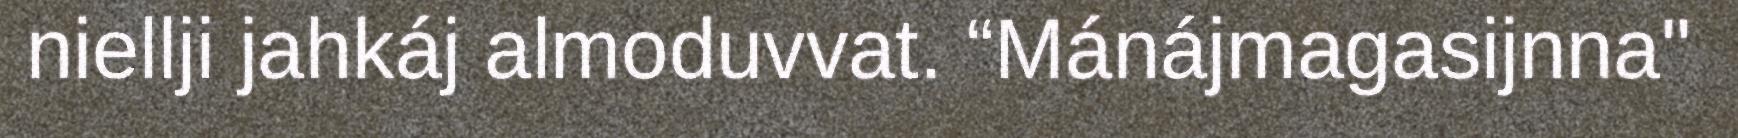
niellji jahkáj almoduvvat. “Mánájmagasijnna"